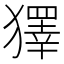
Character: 𤢟